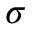
\sigma